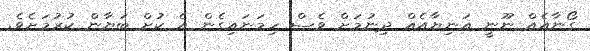
ގޯނާއެއް ނޫނީ އަނިޔާއެއް ދިނުމަށް ވެސް ހިމަނައިގެން އެ ކުށް ބަޔާން ކުރުމަށެވެ.